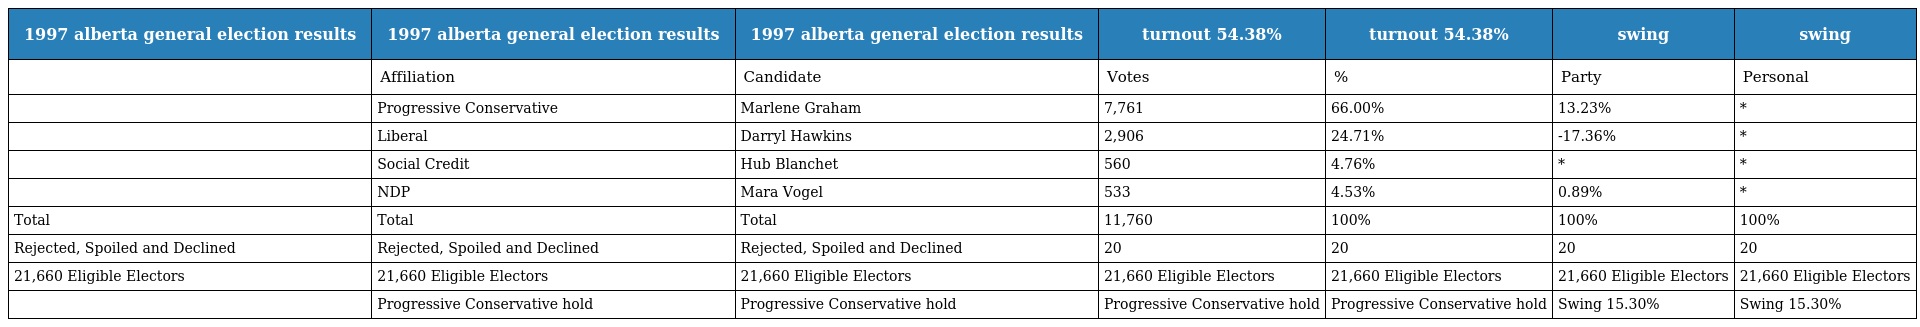
| 1997 alberta general election results | 1997 alberta general election results | 1997 alberta general election results | turnout 54.38% | turnout 54.38% | swing | swing |
 | --- | --- | --- | --- | --- | --- | --- |
 |  | Affiliation | Candidate | Votes | % | Party | Personal |
 |  | Progressive Conservative | Marlene Graham | 7,761 | 66.00% | 13.23% | * |
 |  | Liberal | Darryl Hawkins | 2,906 | 24.71% | -17.36% | * |
 |  | Social Credit | Hub Blanchet | 560 | 4.76% | * | * |
 |  | NDP | Mara Vogel | 533 | 4.53% | 0.89% | * |
 | Total | Total | Total | 11,760 | 100% | 100% | 100% |
 | Rejected, Spoiled and Declined | Rejected, Spoiled and Declined | Rejected, Spoiled and Declined | 20 | 20 | 20 | 20 |
 | 21,660 Eligible Electors | 21,660 Eligible Electors | 21,660 Eligible Electors | 21,660 Eligible Electors | 21,660 Eligible Electors | 21,660 Eligible Electors | 21,660 Eligible Electors |
 |  | Progressive Conservative hold | Progressive Conservative hold | Progressive Conservative hold | Progressive Conservative hold | Swing 15.30% | Swing 15.30% |